Indian journal of veterinary science and animal husbandry - Volume 9,
Year: 1939
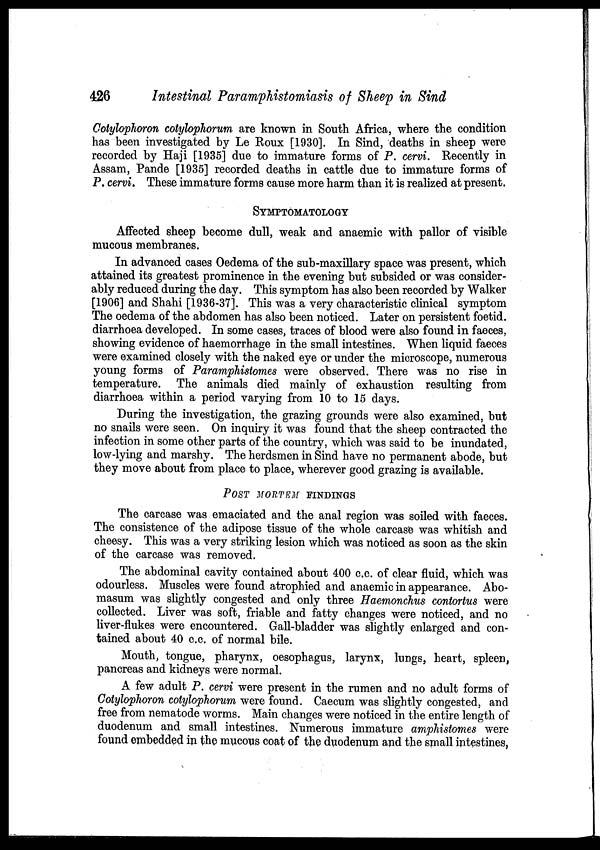
426
Intestinal Paramphistomiasis of Sheep in Sind
Cotylophoron cotylophorum are known in South Africa, where the condition
has been investigated by Le Roux [1930]. In Sind, deaths in sheep were
recorded by Haji [1935] due to immature forms of P. cervi. Recently in
Assam, Pande [1935] recorded deaths in cattle due to immature forms of
P. cervi. These immature forms cause more harm than it is realized at present.
SYMPTOMATOLOGY
Affected sheep become dull, weak and anaemic with pallor of visible
mucous membranes.
In advanced cases Oedema of the sub-maxillary space was present, which
attained its greatest prominence in the evening but subsided or was consider-
ably reduced during the day. This symptom has also been recorded by Walker
[1906] and Shahi [1936-37]. This was a very characteristic clinical symptom
The oedema of the abdomen has also been noticed. Later on persistent foetid.
diarrhoea developed. In some cases, traces of blood were also found in faeces,
showing evidence of haemorrhage in the small intestines. When liquid faeces
were examined closely with the naked eye or under the microscope, numerous
young forms of Paramphistomes were observed. There was no rise in
temperature. The animals died mainly of exhaustion resulting from
diarrhoea within a period varying from 10 to 15 days.
During the investigation, the grazing grounds were also examined, but
no snails were seen. On inquiry it was found that the sheep contracted the
infection in some other parts of the country, which was said to be inundated,
low-lying and marshy. The herdsmen in Sind have no permanent abode, but
they move about from place to place, wherever good grazing is available.
POST MORTEM FINDINGS
The carcase was emaciated and the anal region was soiled with faeces.
The consistence of the adipose tissue of the whole carcase was whitish and
cheesy. This was a very striking lesion which was noticed as soon as the skin
of the carcase was removed.
The abdominal cavity contained about 400 c.c. of clear fluid, which was
odourless. Muscles were found atrophied and anaemic in appearance. Abo-
masum was slightly congested and only three Haemonchus contortus were
collected. Liver was soft, friable and fatty changes were noticed, and no
liver-flukes were encountered. Gall-bladder was slightly enlarged and con-
tained about 40 c.c. of normal bile.
Mouth, tongue, pharynx, oesophagus, larynx, lungs, heart, spleen,
pancreas and kidneys were normal.
A few adult P. cervi were present in the rumen and no adult forms of
Cotylophoron cotylophorum were found. Caecum was slightly congested, and
free from nematode worms. Main changes were noticed in the entire length of
duodenum and small intestines. Numerous immature amphistomes were
found embedded in the mucous coat of the duodenum and the small intestines,